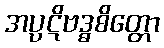
အပ္ပဋိဗဒ္ဓစိတ္တော